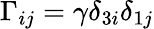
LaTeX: \Gamma_{ij}=\gamma\delta_{3i}\delta_{1j}